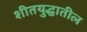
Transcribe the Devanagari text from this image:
शीतयुद्धातील